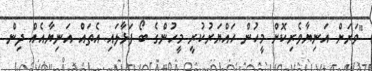
"ވަރަށް އަނިޔާވެރިކޮށް މީހުން ހައްޔަރުކުރީ މީހުންގެ ބޯ ފަޅާލައި އެތައް އަނިޔާއެއް ދިން